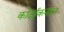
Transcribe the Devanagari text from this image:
कोदईकनाल